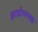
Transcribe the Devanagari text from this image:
झाडीभरल्या